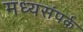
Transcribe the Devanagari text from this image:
मध्यसंपर्क